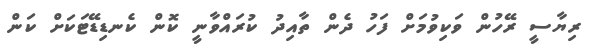
ރިޔާސީ ރޭހުން ވަކިވުމަށް ފަހު ދެން ތާއިދު ކުރައްވާނީ ކޮން ކެނޑިޑޭޓަކަށް ކަން